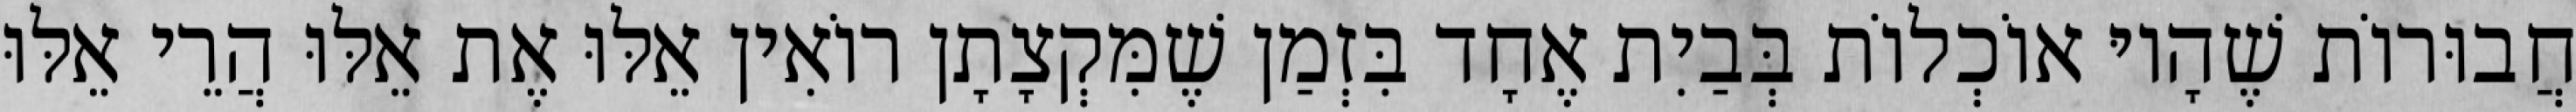
חֲבוּרוֹת שֶׁהָיוּ אוֹכְלוֹת בְּבַיִת אֶחָד בִּזְמַן שֶׁמִּקְצָתָן רוֹאִין אֵלּוּ אֶת אֵלּוּ הֲרֵי אֵלּוּ